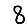
Digit: 8